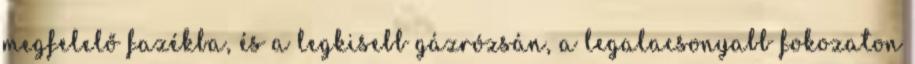
megfelelő fazékba, és a legkisebb gázrózsán, a legalacsonyabb fokozaton